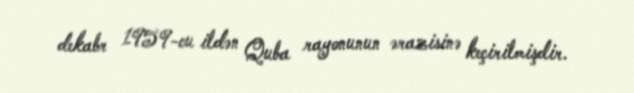
dekabr 1959-cu ildən Quba rayonunun ərazisinə keçirilmişdir.